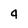
Character: 4